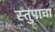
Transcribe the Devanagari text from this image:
स्तुपाचा